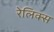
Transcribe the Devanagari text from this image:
रेलिक्स